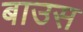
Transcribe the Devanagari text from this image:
बाउस